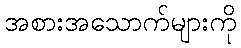
အစားအသောက်များကို